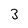
Character: 3